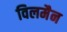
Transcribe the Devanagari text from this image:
विलमैन